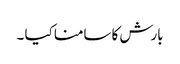
بارش کا سامنا کیا ۔